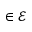
\in \mathcal { E }